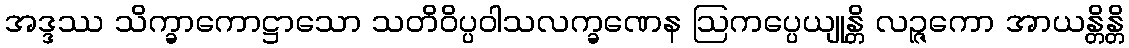
အဒ္ဒဿ သိက္ခာကောဋ္ဌာသော သတိဝိပ္ပဝါသလက္ခဏေန ဩကပ္ပေယျုန္တိ လဉ္ဇကော အာယန္တိန္တိ